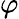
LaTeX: \varphi